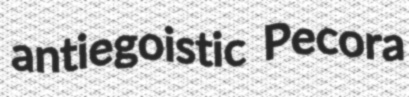
antiegoistic Pecora